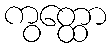
ကွတ္ထော